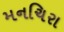
મનચિરા